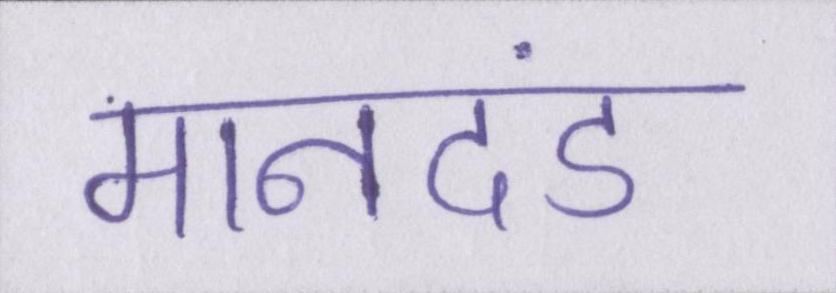
मानदंड